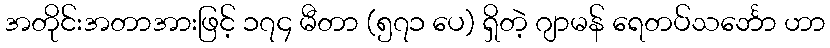
အတိုင်းအတာအားဖြင့် ၁၇၄ မီတာ (၅၇၁ ပေ) ရှိတဲ့ ဂျာမန် ရေတပ်သင်္ဘော ဟာ